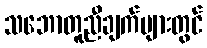
သဘောတူညီချက်များတွင်